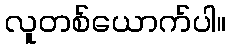
လူတစ်ယောက်ပါ။